Vabadussoja_Ajaloo_Komitee, lk 25
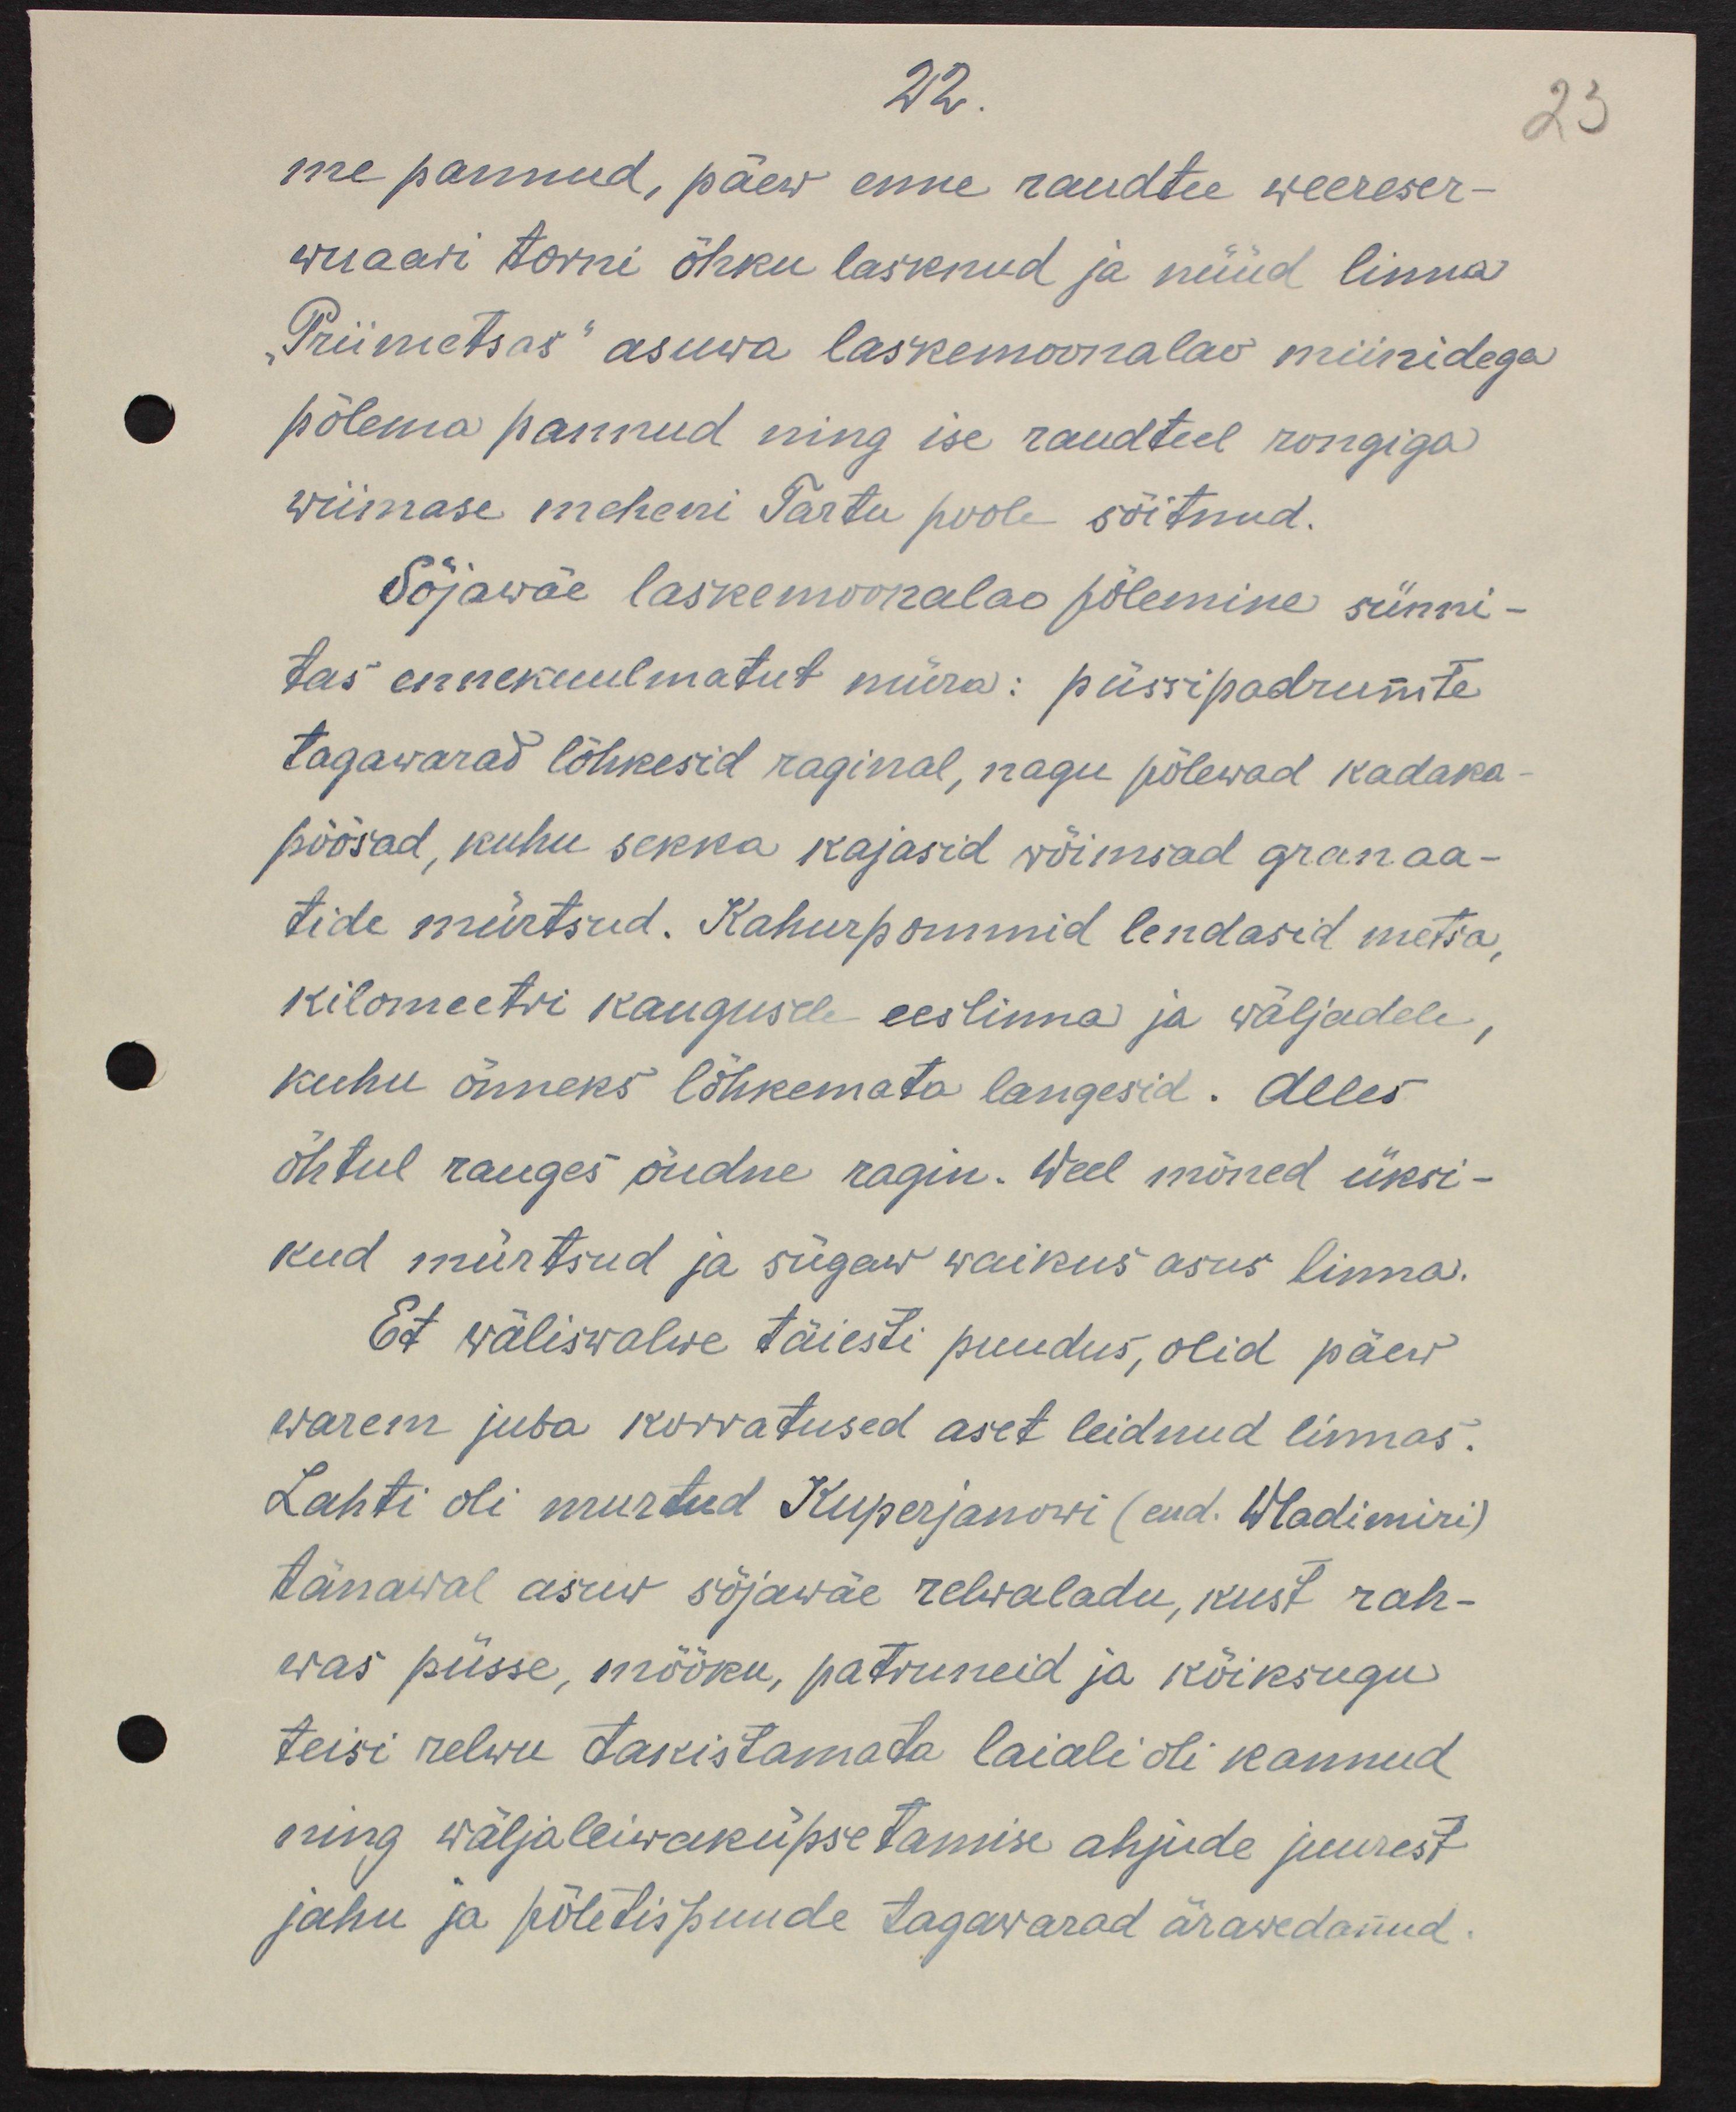
22.
23
me pannud, päew enne raudtee weereser-
wuaari torni õhku lasknud ja nüüd linna
"Priimetsas" asuwa laskemoonalao miinidega
põlema pannud ning ise raudteel rongiga
wiimase meheni Tartu poole sõitnud.
Sõjawäe laskemoonalao põlemine sünni-
tas ennekuulmatut müra: püssipadrunite
tagawarad lõhkesid raginal, nagu põlewad kadaka-
põõsad, kuhu sekka kajasid wõimsad granaa-
tide mürtsud. Kahurpommid lendasid metsa,
kilomeetri kaugusel eeslinna ja wäljadele
kuhu õnneks lõhkemata langesid. Alles 
õhtul rauges õudne ragin. Weel mõned üksi-
kud mürtsud ja sügaw waikus asus linna.
Et wäliswalwe täiesti puudus, oli päew
warem juba korratused aset leidnud linnas.
Lahti oli murtud Kuperjanowi (end. Wladimiri)
tänawal asuw sõjawäe relwaladu, kust rah-
was püsse, mõõku, padruneid ja kõiksugu
teisi relwu takistamata laiali oli kannud
ning wäljaleiwaküpsetamise ahjude juurest
jahu ja põletispuude tagawarad ärawedanud